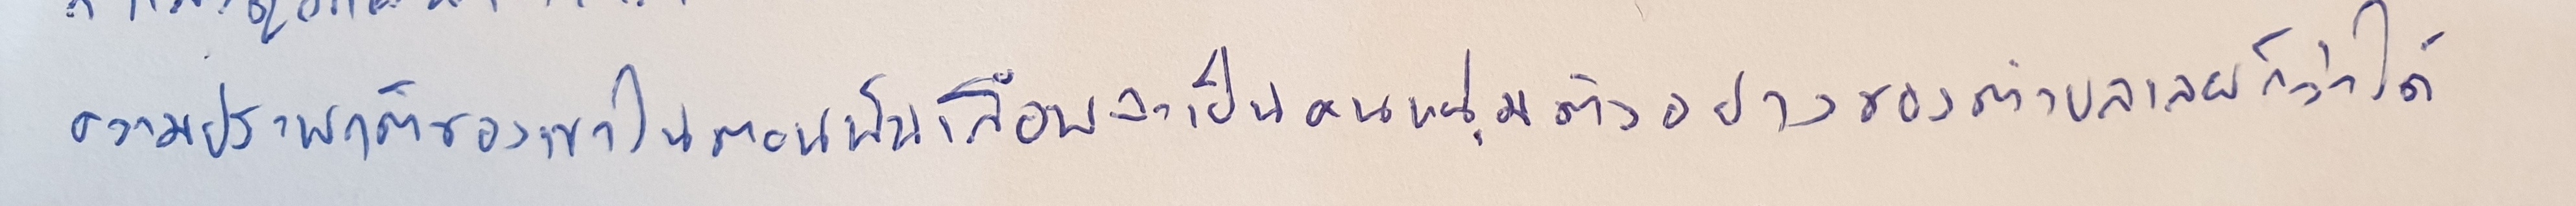
ความประพฤติของเขาในตอนนั้นเกือบจะเป็นคนหนุ่มตัวอย่างของตำบลเลยก็ว่าได้